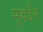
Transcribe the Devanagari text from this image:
मुबईत